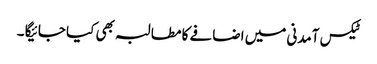
ٹیکس آمدنی میں اضافے کا مطالبہ بھی کیا جائیگا ۔